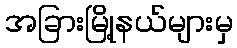
အခြားမြို့နယ်များမှ